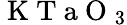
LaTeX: \mathrm{~K~T~a~O~}_{3}